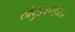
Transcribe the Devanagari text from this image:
खेबुडकरांच्या